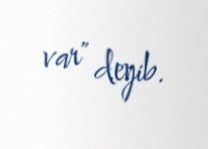
var" deyib.